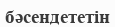
бәсендететін